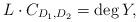
LaTeX: \begin{align*} L \cdot C_{D_1,D_2} = \deg{Y},\end{align*}